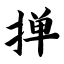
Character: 掸